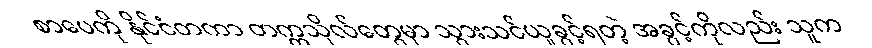
စာပေကို နိုင်ငံတကာ တက္ကသိုလ်တွေမှာ သွားသင်ယူခွင့်ရတဲ့ အခွင့်ကိုလည်း သူက